Scottish Leaving Certificate Examination, 1959
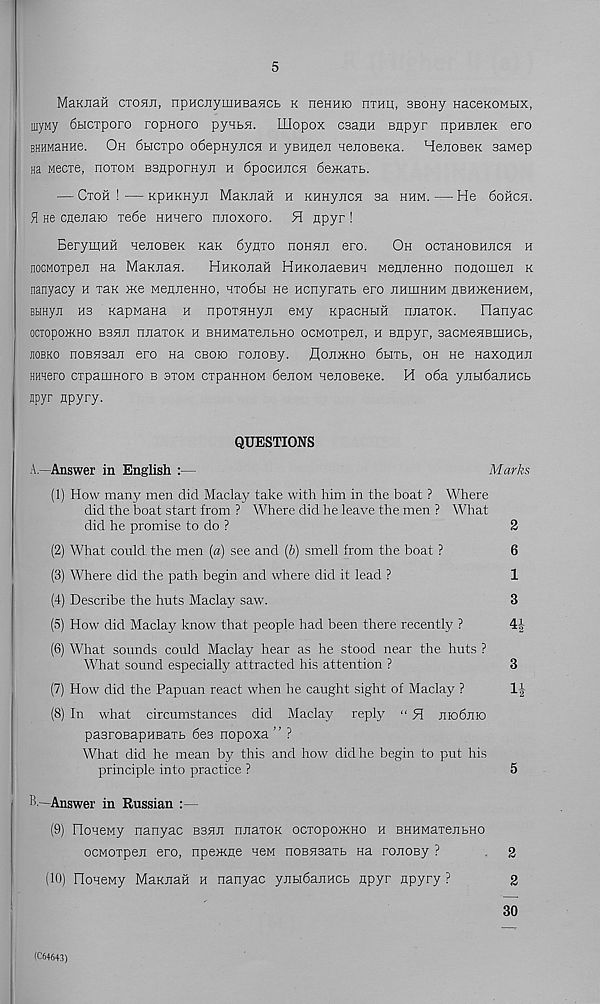
5
MaKnaii CTOHJi, npHCJiyuiHeaHCfc k neHHio hthp, SBony naceKOMbix,
uiyMy 6biCTporo ropnoro pyHbH. LLIopox csann enpyr npHBjieK ero
BHHMaHHe. Oh 6bicTpo o6epHyjicH h yBHaeji nenoBeKa. HejioBeK saMep
Ha Mecxe, hotom BSHpornyn h 6pochjich 6ejKaTb.
— Ctoh ! — KpHKHyji MaRJiaft h KHHyjicn aa hhm. — He 6ohch.
51 ne cneitaBD xe6e HHHero njioxoro. H apyr !
BerymHH HejioBeK Kan 6ynTO hohhji ero.
Oh ocTaHOBHacH h
nocMOTpen na MaKaan.
HHKoaan HnKoaaeBHH MenaeHHO noaomea k
nanyacy h xaK me MenaeHHO, hto6h hc ncnyraxb ero aumHuw HBHmeHHeM,
Btinya H3 Kapwana h npoxaHya ewy KpacHHH naaxoK.
Hanyac
ocxopojKHO B3aa naaxoK h BHHMaxeabHO ocMOxpea, h Bapyr, sacMeHBuiHCb,
jiobko noBHsaa ero na cboio roaoBy. floamno 6bixb, oh He naxonna
HHHero cxpauiHoro b sxom cxpaHHOM 6eaoM HeaoBeKe. H o6a yabidaaHCb
Bpyr npyry.
QUESTIONS
A.—Answer in English :—
Marks
(1) How many men did Maclay take with him in the boat ? Where
did the boat start from ? Where did he leave the men ? What
did he promise to do ?
2
(2) What could the men (a) see and (b) smell from the boat ?
6
(3) Where did the path begin and where did it lead ?
1
(4) Describe the huts Maclay saw.
3
(5) How did Maclay know that people had been there recently ?
4|
(6) What sounds could Maclay hear as he stood near the huts ?
What sound especially attracted his attention ?
3
(7) How did the Papuan react when he caught sight of Maclay ?
1J
(8) In what circumstances did Maclay reply “ H jijo6jho
pasroBapHBaxb 6e3 nopoxa ” ?
What did he mean by this and how did he begin to put his
principle into practice ?
5
B.—Answer in Russian :—
(9) OoHeMy nanyac bshji nnaxoR ocxopomHO h BHHMaxenbHO
ocMoxpej: ero, npemne neM noBHsaxb na ronoBy ?
2
(10) IloHeMy MaKJiaft h nanyac yjibidanHCb npyr npyry ?
2
30
(C64643)